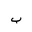
Letter: _ba